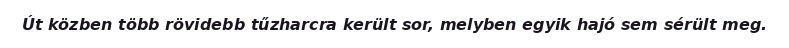
Út közben több rövidebb tűzharcra került sor, melyben egyik hajó sem sérült meg.